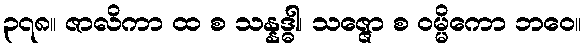
၃၇၈။ ဇာလိကာ ထ စ သန္နဒ္ဓါ၊ သဇ္ဇော စ ဝမ္မိကော ဘဝေ။